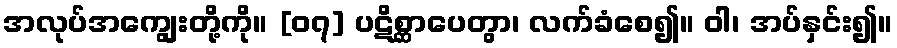
အလုပ်အကျွေးတို့ကို။ [၀၇] ပဋိစ္ဆာပေတွာ၊ လက်ခံစေ၍။ ဝါ၊ အပ်နှင်း၍။